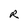
Character: R